Source: Handwritten
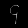
Digit: ၄ (4)